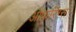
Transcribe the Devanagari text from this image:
ऑफ़रिंग्स